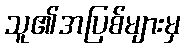
သူ၏အပြစ်များမှ